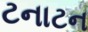
ટનાટન